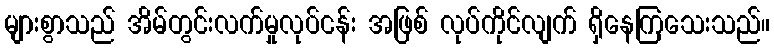
များစွာသည် အိမ်တွင်းလက်မှုလုပ်ငန်း အဖြစ် လုပ်ကိုင်လျက် ရှိနေကြသေးသည်။